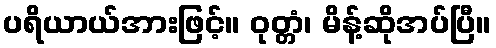
ပရိယာယ်အားဖြင့်။ ဝုတ္တံ၊ မိန့်ဆိုအပ်ပြီ။